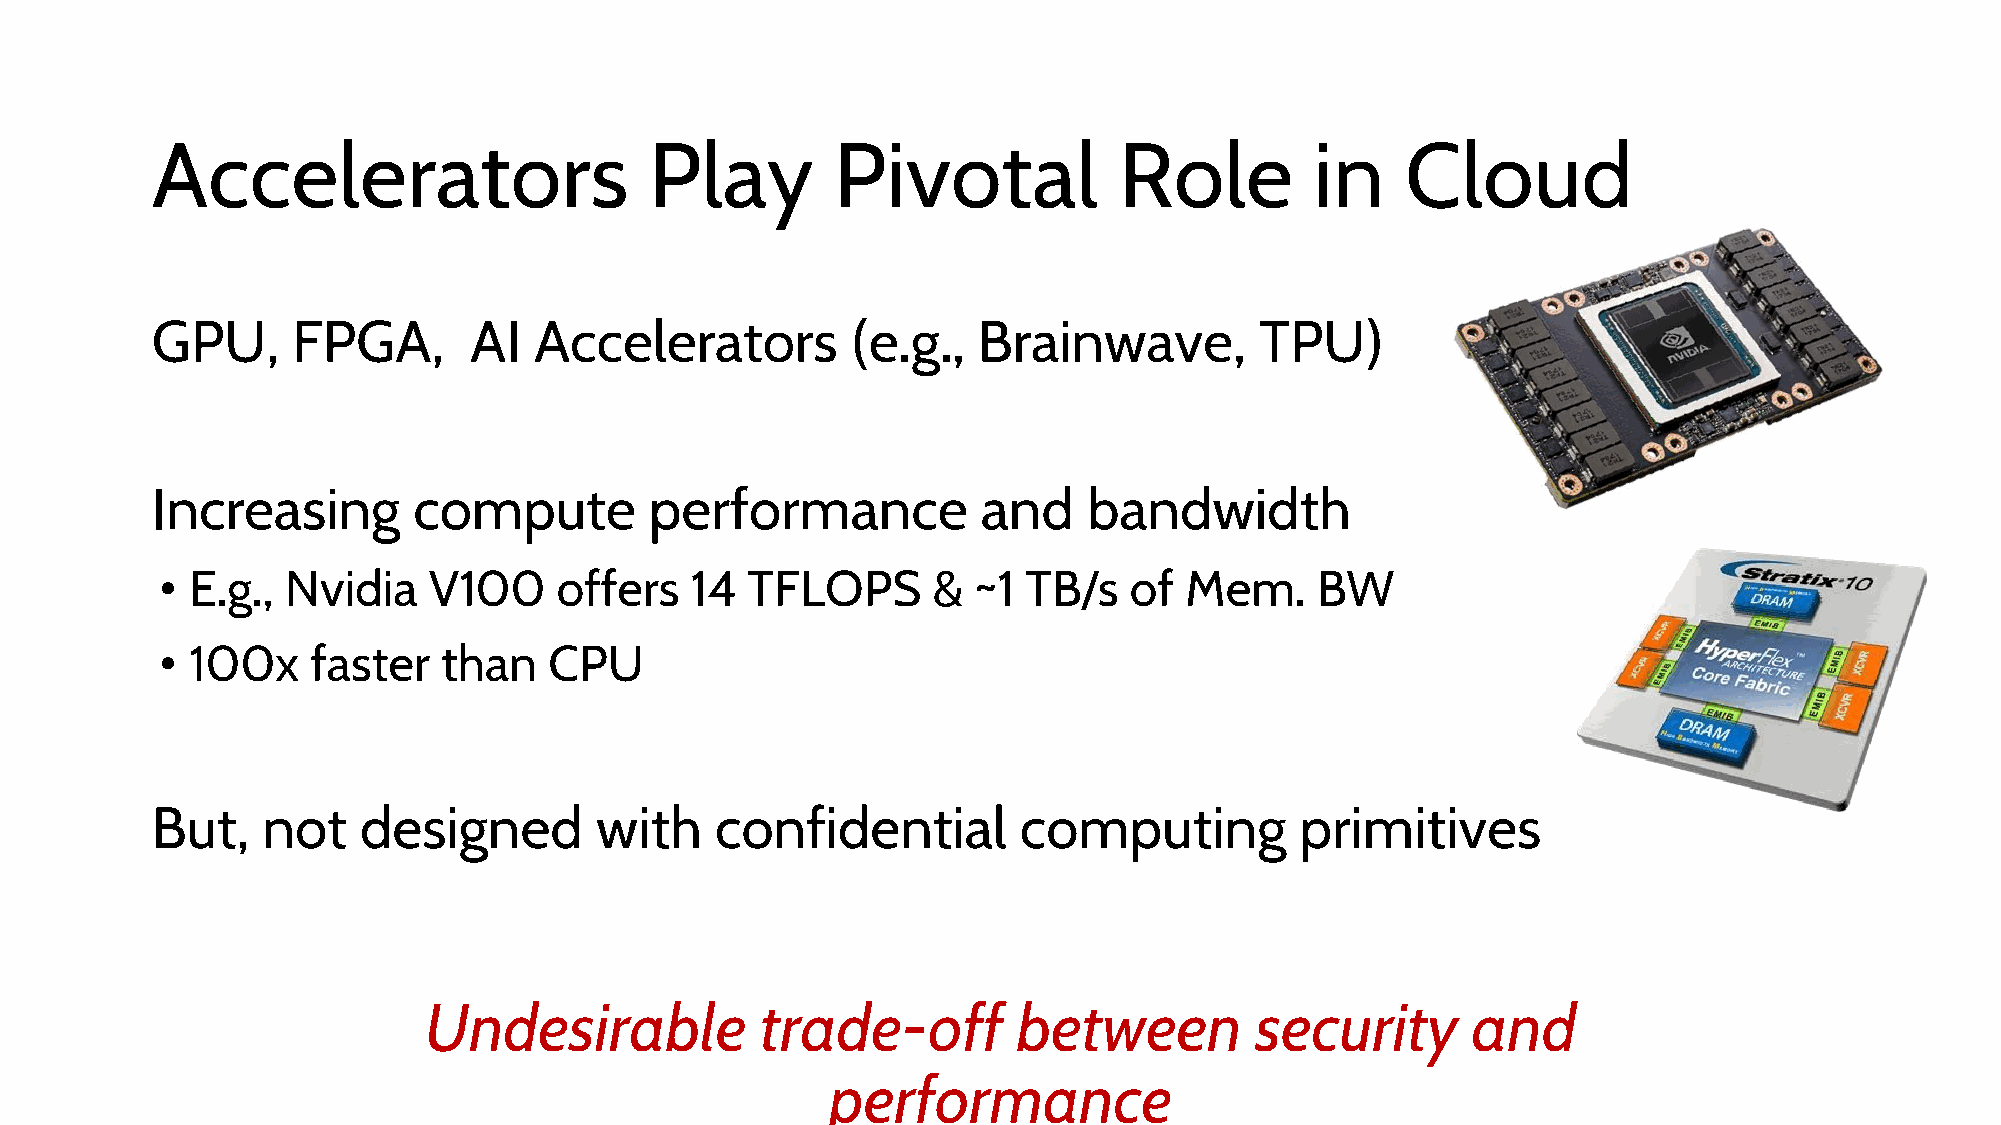
Accelerators                     Play        Pivotal            Role         in    Cloud
 GPU,     FPGA,       AI  Accelerators         (e.g.,   Brainwave,        TPU)
 Increasing       compute         performance           and    bandwidth
 • E.g., Nvidia   V100     offers   14 TFLOPS       & ~1  TB/s   of Mem.     BW
 • 100x    faster  than   CPU
 But,   not    designed       with    confidential        computing          primitives
 Undesirable           trade-off        between         security      and
 performance